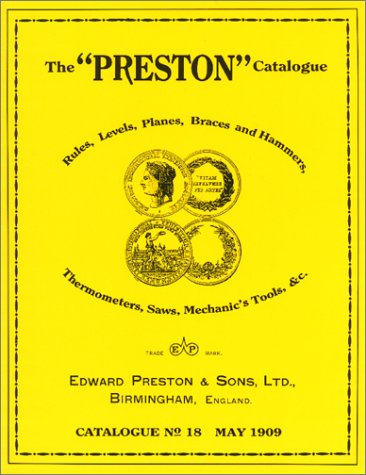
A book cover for The Preston Catalogue: Catalogue No 18/May 1909; Edward Preston & Sons; Crafts, Hobbies & Home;